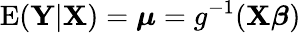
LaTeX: \operatorname{E}(\mathbf{Y}|\mathbf{X})={\boldsymbol{\mu}}=g^{-1}(\mathbf{X}{\boldsymbol{\beta}})